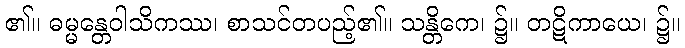
၏။ ဓမ္မန္တေဝါသိကဿ၊ စာသင်တပည့်၏။ သန္တိကေ၊ ၌။ တဋိကာယေ၊ ၌။